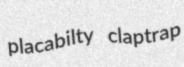
placabilty claptrap